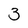
Character: 3